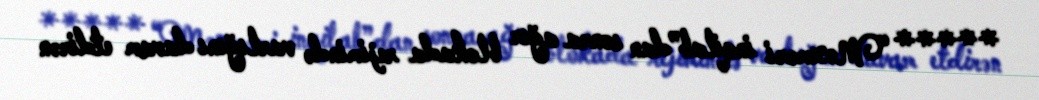
***** “Məxməri inqilab”dan sonra ağır blokada rejimində varlığını davam etdirən